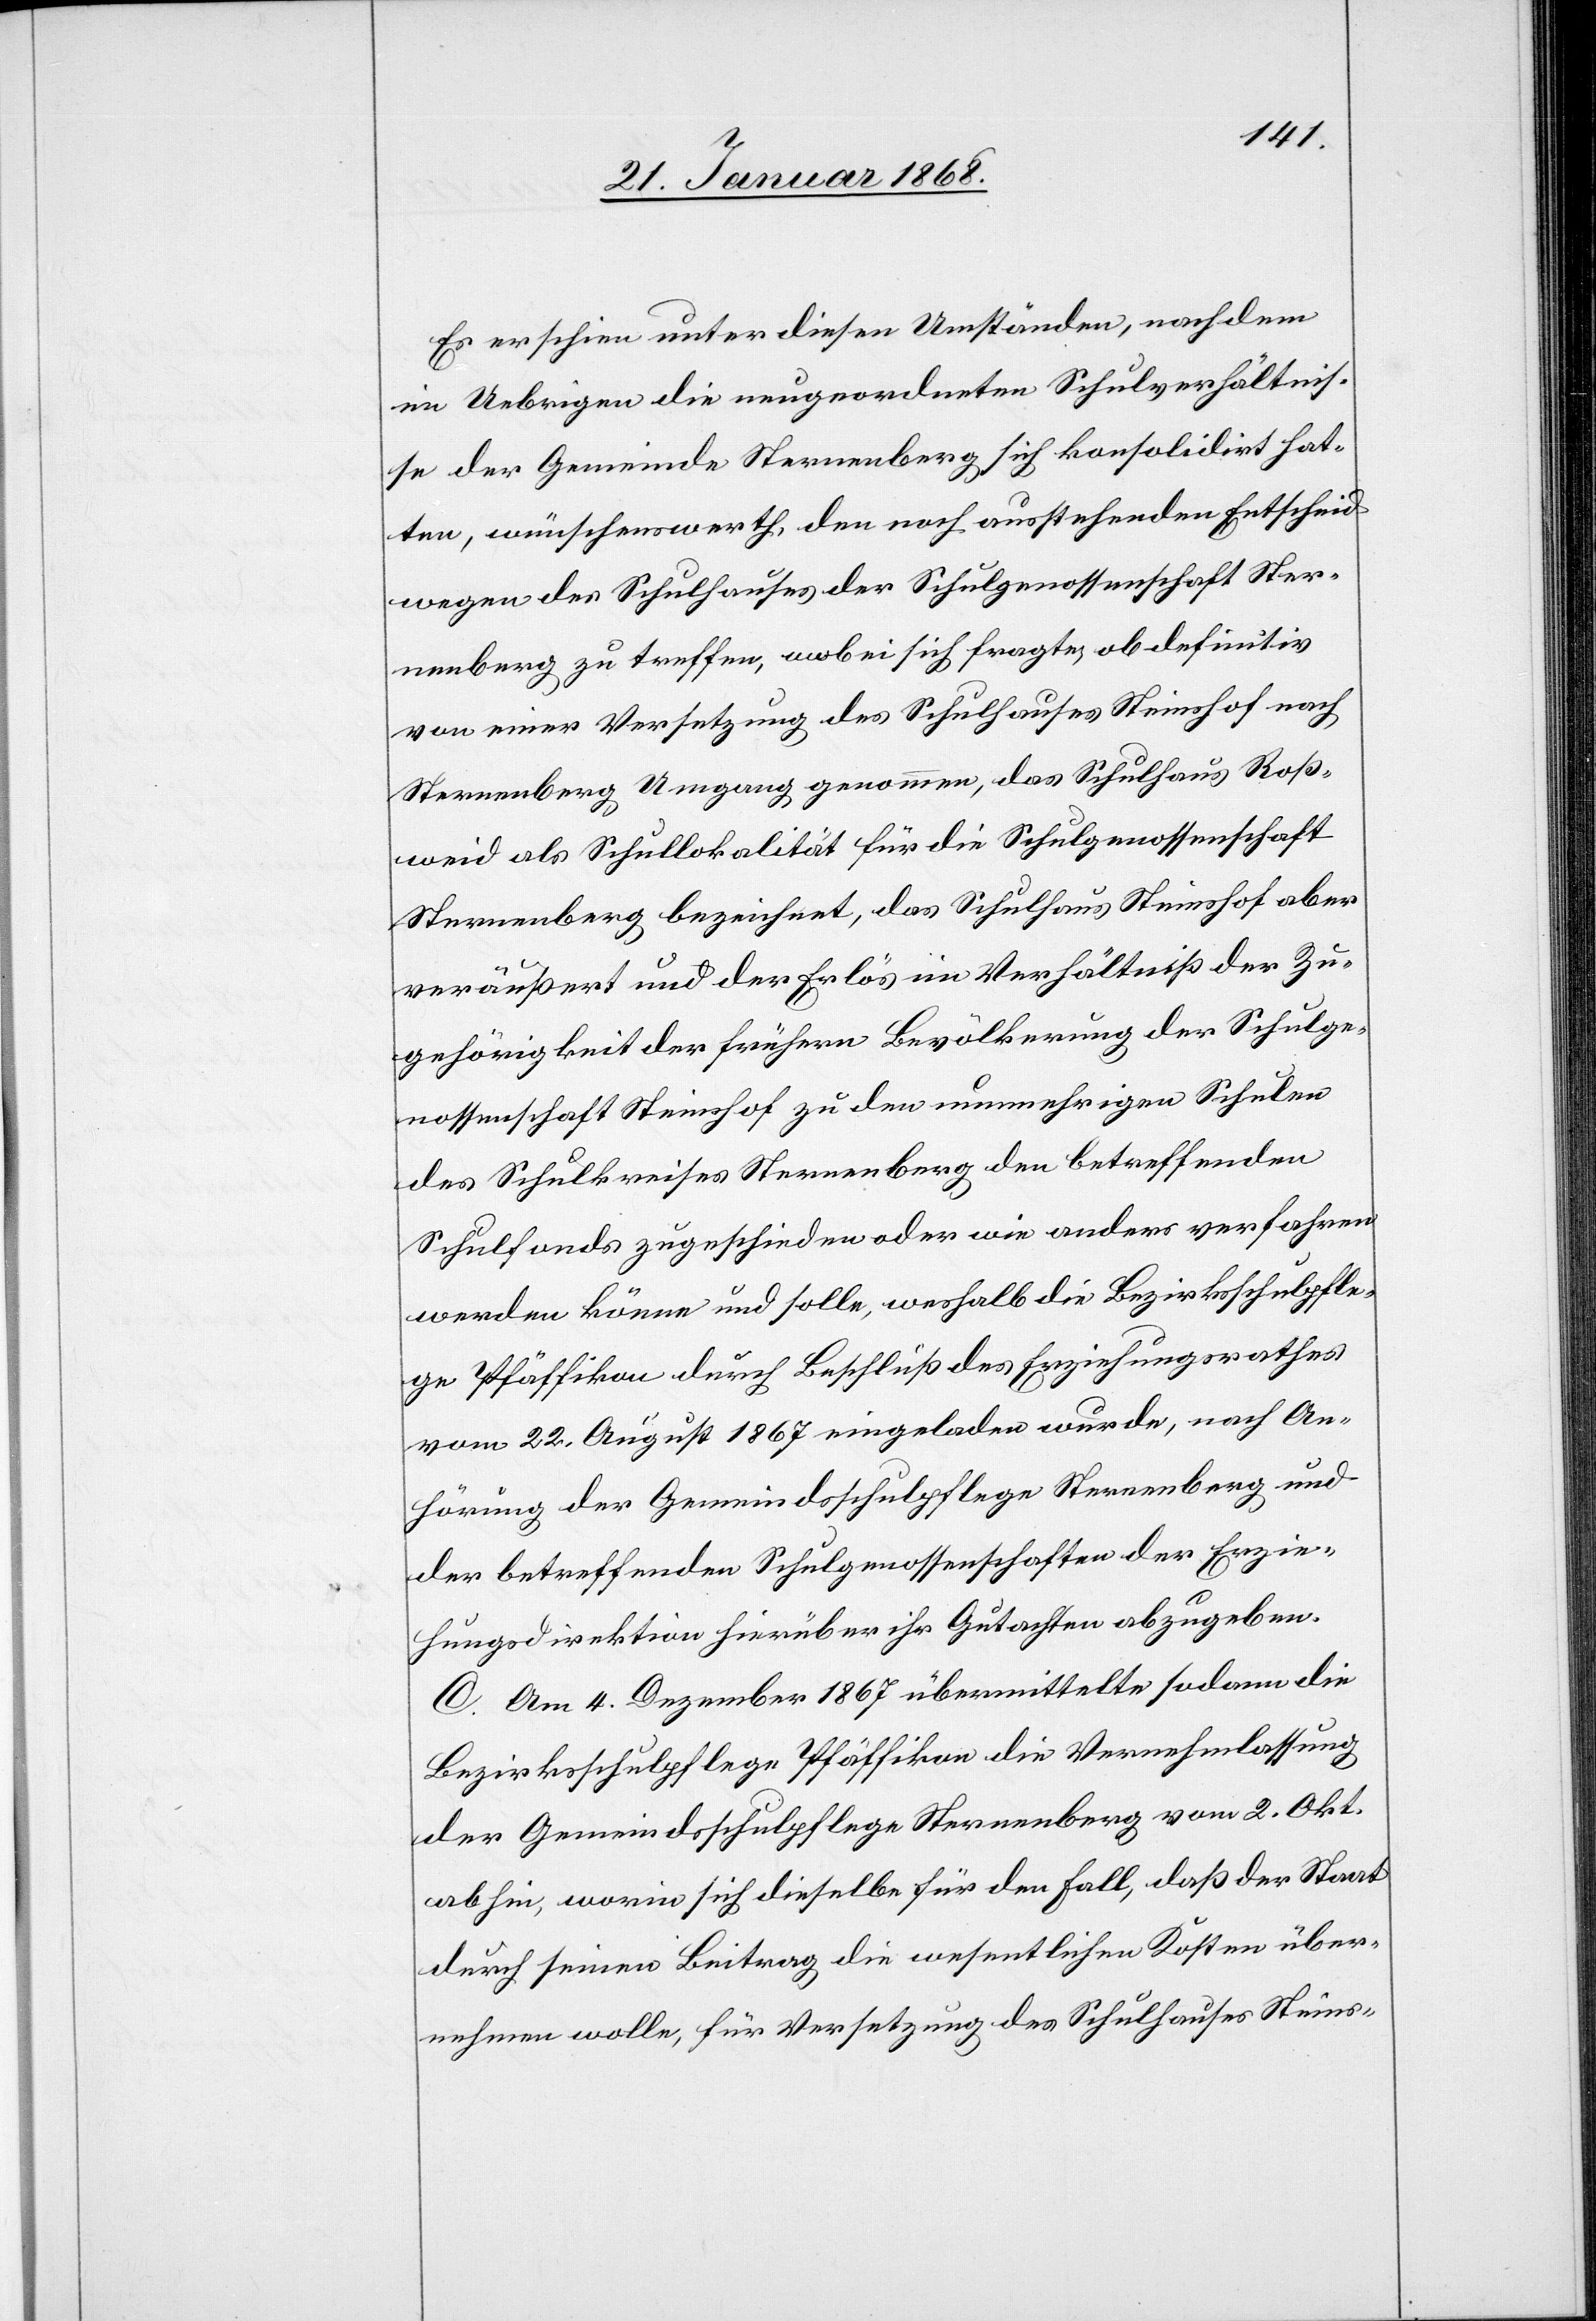
Es erschien unter diesen Umständen, nachdem
im Uebrigen die neugeordneten Schulverhältnis¬
se der Gemeinde Sternenberg sich konsolidirt hat¬
ten, wünschenswerth, den noch ausstehenden Entscheid
wegen des Schulhauses der Schulgenossenschaft Ster¬
nenberg zu treffen, wobei sich fragte, ob definitiv
von einer Versetzung des Schulhauses Steinshof nach
Sternenberg Umgang genommen, das Schulhaus Roß¬
weid als Schullokalität für die Schulgenossenschaft
Sternenberg bezeichnet, das Schulhaus Steinshof aber
veräußert und der Erlös im Verhältniß der Zu¬
gehörigkeit der frühern Bevölkerung der Schulge¬
nossenschaft Steinshof zu den nunmehrigen Schulen
des Schulkreises Sternenberg den betreffenden
Schulfonds zugeschieden oder wie anders verfahren
werden könne und solle, weshalb die Bezirksschulpfle¬
ge Pfäffikon durch Beschluß des Erziehungsrathes
vom 22. August 1867 eingeladen wurde, nach An¬
hörung der Gemeindsschulpflege Sternenberg und
der betreffenden Schulgenossenschaften der Erzie¬
hungsdirektion hierüber ihr Gutachten abzugeben.
C. Am 4. Dezember 1867 übermittelte sodann die
Bezirksschulpflege Pfäffikon die Vernehmlassung
der Gemeindsschulpflege Sternenberg vom 2. Okt.
abhin, worin sich dieselbe für den Fall, daß der Staat
durch seinen Beitrag die wesentlichen Kosten über¬
nehmen wolle, für Versetzung des Schulhauses Steins-